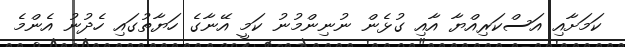
ކަމަށާއި އަސްކަރިއްޔާ އާއި ގުޅެން ނުނިންމުނު ކަމީ އޭނާގެ ހަޔާތުގައި ހެދުނު އެންމެ